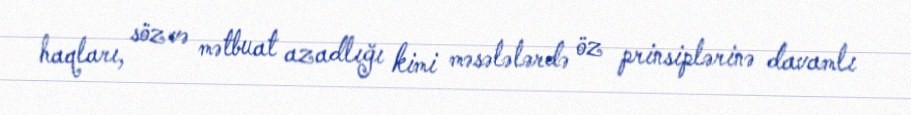
haqları, söz və mətbuat azadlığı kimi məsələlərdə öz prinsiplərinə davamlı